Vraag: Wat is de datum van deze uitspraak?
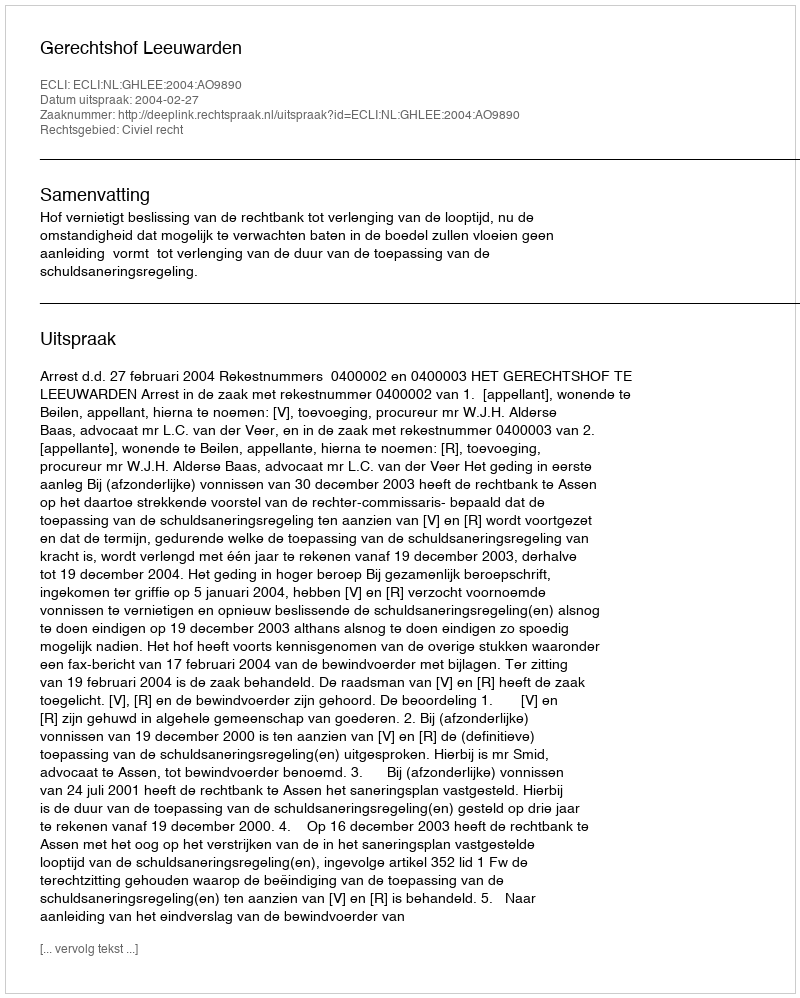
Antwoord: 2004-02-27